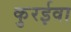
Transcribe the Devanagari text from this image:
कुरईवा